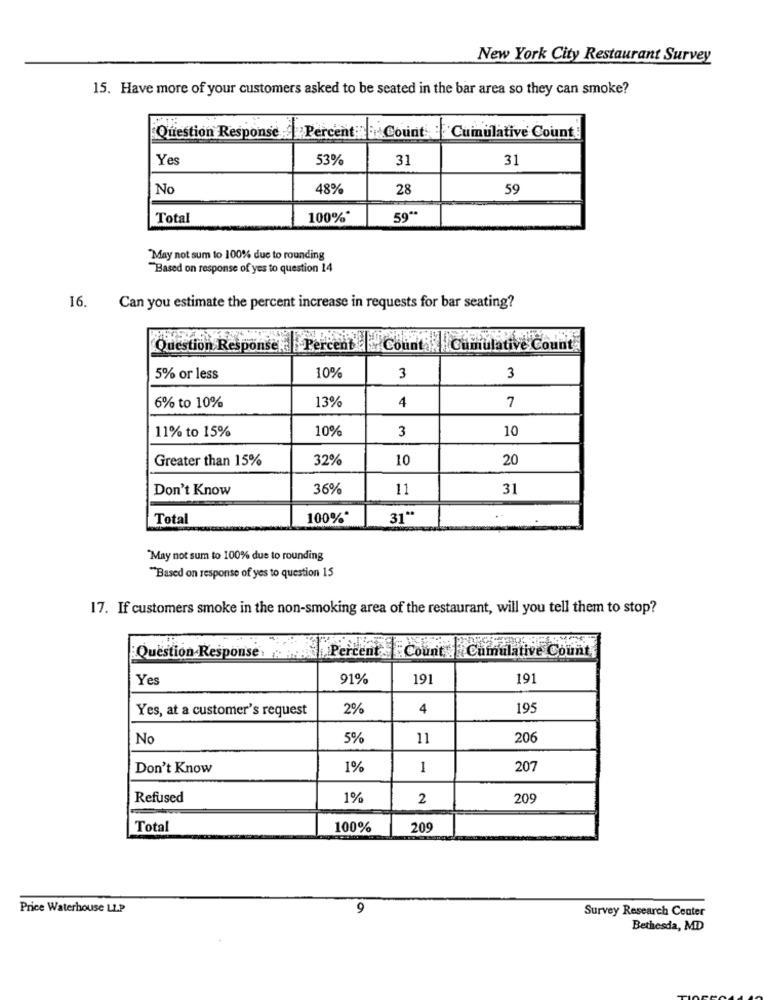
New York City Restaurant Survey
15. Have more of your customers asked to be seated in the bar area so they can smoke?
Question Response:
Percent Count : Cumulative Count :
Yes
53%
31
31
No
48%
28
59
Total
100%*
59 **
May not sum to 100% due to rounding
"Based on response of yes to question 14
16.
Can you estimate the percent increase in requests for bar seating?
Question Responsek Percent
Countas Cumulative Count
5% or less
10%
3
3
6% to 10%
13%
4
7
11% to 15%
10%
10
3
Greater than 15%
32%
10
20
Don't Know
36%
11
31
Total
100%*
31 **
May not sum to 100% due to rounding
"Based on response of yes to question 15
17. If customers smoke in the non-smoking area of the restaurant, will you tell them to stop?
Count Cumulative Count
Question Response.
rcent
Yes
91%
191
191
Yes, at a customer's request
2%
4
195
No
5%
11
206
Don't Know
1%
1
207
Refused
1%
2
20
Total
100%
209
Price Waterhouse LLP
9
Survey Research Center
Bethesda, MD